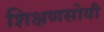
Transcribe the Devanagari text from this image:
शिक्षणसोयी